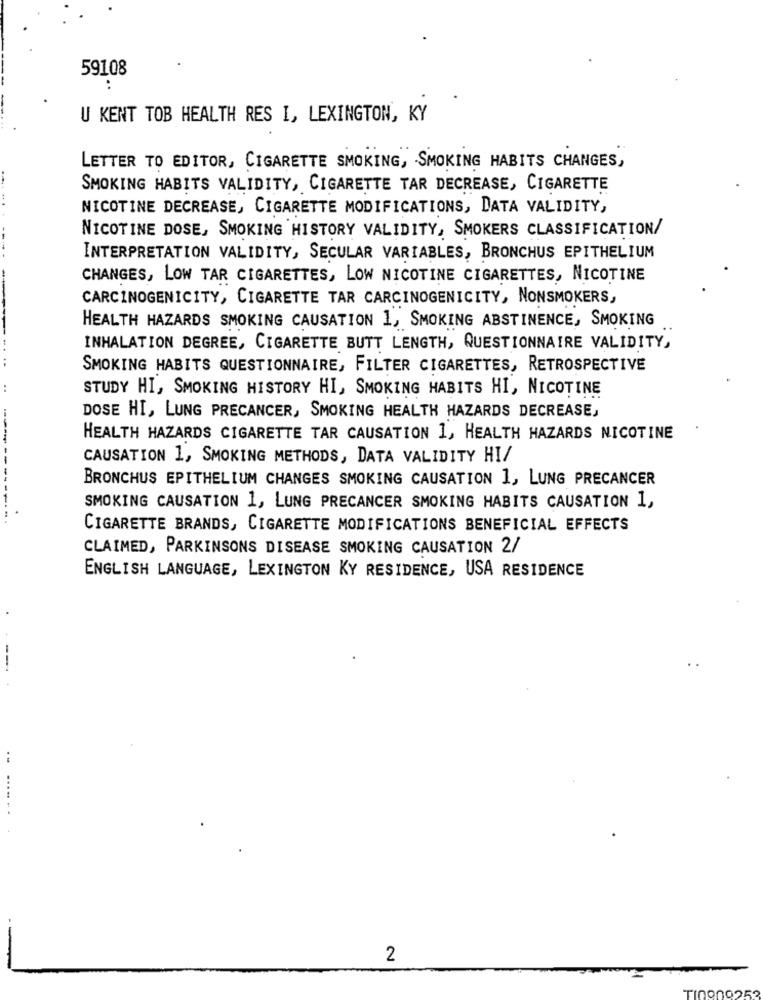
59108
:
U KENT TOB HEALTH RES I, LEXINGTON, KY
LETTER TO EDITOR, CIGARETTE SMOKING, SMOKING HABITS CHANGES,
SMOKING HABITS VALIDITY, CIGARETTE TAR DECREASE, CIGARETTE
NICOTINE DECREASE, CIGARETTE MODIFICATIONS, DATA VALIDITY,
NICOTINE DOSE, SMOKING HISTORY VALIDITY, SMOKERS CLASSIFICATION/
INTERPRETATION VALIDITY, SECULAR VARIABLES, BRONCHUS EPITHELIUM
CHANGES, LOW TAR CIGARETTES, LOW NICOTINE CIGARETTES, NICOTINE
CARCINOGENICITY, CIGARETTE TAR CARCINOGENICITY, NONSMOKERS,
HEALTH HAZARDS SMOKING CAUSATION 1, SMOKING ABSTINENCE, SMOKING
INHALATION DEGREE, CIGARETTE BUTT LENGTH, QUESTIONNAIRE VALIDITY,
SMOKING HABITS QUESTIONNAIRE, FILTER CIGARETTES, RETROSPECTIVE
..
STUDY HI, SMOKING HISTORY HI, SMOKING HABITS HI, NICOTINE
DOSE HI, LUNG PRECANCER, SMOKING HEALTH HAZARDS DECREASE,
HEALTH HAZARDS CIGARETTE TAR CAUSATION 1, HEALTH HAZARDS NICOTINE
------
CAUSATION 1, SMOKING METHODS, DATA VALIDITY HI/
BRONCHUS EPITHELIUM CHANGES SMOKING CAUSATION 1, LUNG PRECANCER
SMOKING CAUSATION 1, LUNG PRECANCER SMOKING HABITS CAUSATION 1,
------.
CIGARETTE BRANDS, CIGARETTE MODIFICATIONS BENEFICIAL EFFECTS
CLAIMED, PARKINSONS DISEASE SMOKING CAUSATION 2/
ENGLISH LANGUAGE, LEXINGTON KY RESIDENCE, USA RESIDENCE
--
2
TI09002